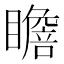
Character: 𱳐